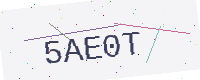
Text: 5AE0T